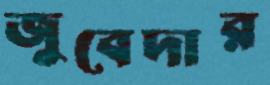
জুবেদার